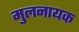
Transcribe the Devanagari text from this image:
मुलनायक